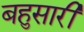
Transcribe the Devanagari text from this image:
बहुसारी